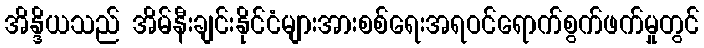
အိန္ဒိယသည် အိမ်နီးချင်းနိုင်ငံများအားစစ်ရေးအရဝင်ရောက်စွက်ဖက်မှုတွင်